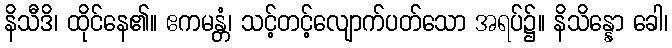
နိသီဒိ၊ ထိုင်နေ၏။ ဧကမန္တံ၊ သင့်တင့်လျောက်ပတ်သော အရပ်၌။ နိသိန္နော ခေါ၊